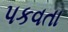
પકવતા